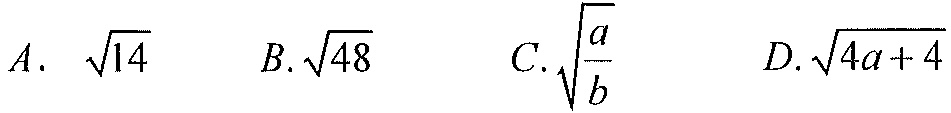
\(A.\ \sqrt{14}\ \ \ B.\sqrt{48}\ \ \ C.\sqrt{\dfrac{a}{b}}\ \ \ D.\sqrt{4a + 4}\)